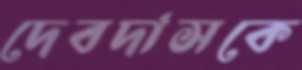
দেবদাসকে